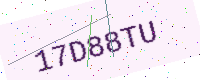
Text: 17D88TU